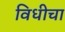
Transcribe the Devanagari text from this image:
विधीचा